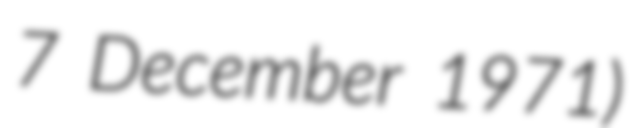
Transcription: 7 December 1971)